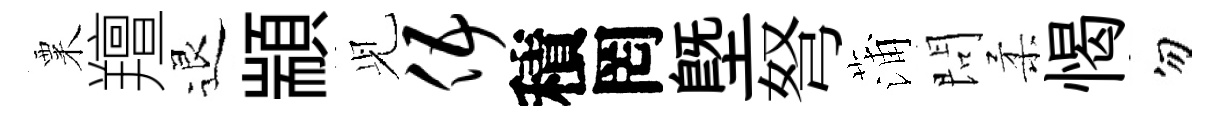
粟羶退顓𫤗伍積罔塈弩蒲問柔愒勿